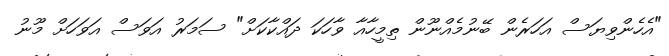
"އެހެންވިޔަސް އަހަރެން ބޭނުމެއްނޫން ތިމީހާއާ ވާހަކަ ދައްކާކަށް" ސަމަރު އަވަސް އަވަހަށް މޫނު